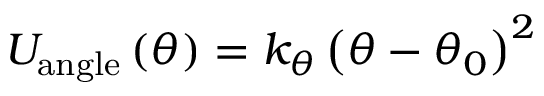
U _ { \mathrm { a n g l e } } \left( \theta \right) = k _ { \theta } \left( \theta - \theta _ { 0 } \right) ^ { 2 }